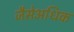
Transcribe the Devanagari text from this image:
जैसेअधिक